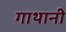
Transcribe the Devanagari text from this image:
गाथानी